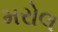
મરોલ